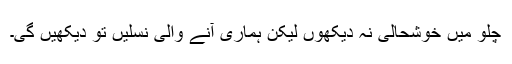
چلو میں خوشحالی نہ دیکھوں لیکن ہماری آنے والی نسلیں تو دیکھیں گی۔